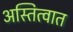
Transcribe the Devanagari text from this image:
अस्तित्‍वात